Annual report on the mental hospital in the Central Provinces and Berar (Nagpur) - 1927-1951
Year: 1927
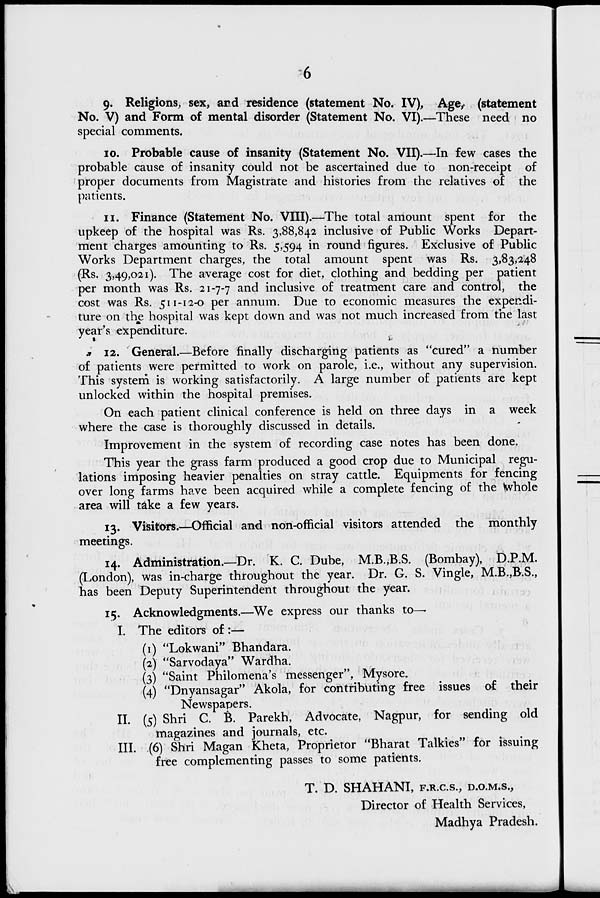
?6
9. Religions, sex, and residence (statement No. IV), Age, (statement
No. V) and Form of mental disorder (Statement No. VI).—These need no
special comments.
10. Probable cause of insanity (Statement No. VII).—In few cases the
probable cause of insanity could not be ascertained due to non-receipt of
proper documents from Magistrate and histories from the relatives of the
patients.
11. Finance (Statement No. VIII).—The total amount spent for the
upkeep of the hospital was Rs. 3,88,842 inclusive of Public Works Depart-
ment charges amounting to Rs. 5,594 in round figures. Exclusive of Public
Works Department charges, the total amount spent was Rs. 3,83,248
(Rs. 3,49,021). The average cost for diet, clothing and bedding per patient
per month was Rs. 21-7-7 and inclusive of treatment care and control, the
cost was Rs. 511-12-0 per annum. Due to economic measures the expendi-
ture on the hospital was kept down and was not much increased from the last
year's expenditure.
.» 12. General.—Before finally discharging patients as "cured" a number
of patients were permitted to work on parole, i.e., without any supervision.
This system is working satisfactorily. A large number of patients are kept
unlocked within the hospital premises.
On each patient clinical conference is held on three days in a week
where the case is thoroughly discussed in details.
Improvement in the system of recording case notes has been done.
This year the grass farm produced a good crop due to Municipal regu-
lations imposing heavier penalties on stray cattle. Equipments for fencing
over long farms have been acquired while a complete fencing of the Hvhole
area will take a few years.
13. Visitors.—Official and non-official visitors attended the monthly
meetings.
14. Administration.—Dr. K. C. Dube, M.B.,B.S. (Bombay), D.P.M.
(London), was in-charge throughout the year. Dr. G. S. Vingle, M.B.,B.S.,
has been Deputy Superintendent throughout the year.
15. Acknowledgments.—We express our thanks to—
I. The editors of :—
(1) "Lokwani" Bhandara.
(2) "Sarvodaya" Wardha.
(3) "Saint Philomena's messenger", Mysore.
(4) "Dnyansagar" Akola, for contributing free issues of their
Newspapers.
II. (5) Shri C. B. Parekh, Advocate, Nagpur, for sending old
magazines and journals, etc.
III. (6) Shri Magan Kheta, Proprietor "Bharat Talkies" for issuing
free complementing passes to some patients.
T. D. SHAHANI, F.R.C.S., D.O.M.S.,
Director of Health Services,
Madhya Pradesh.